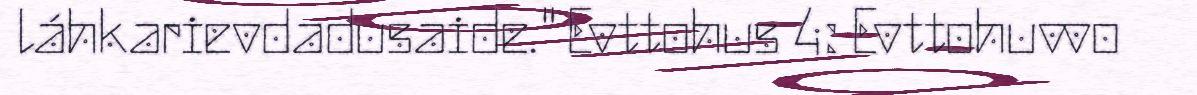
láhkarievdadusaide." Evttohus 4: Evttohuvvo